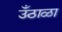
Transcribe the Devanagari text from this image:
उँठाळा